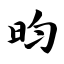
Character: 昀